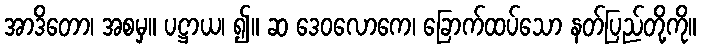
အာဒိတော၊ အစမှ။ ပဋ္ဌာယ၊ ၍။ ဆ ဒေဝလောကေ၊ ခြောက်ထပ်သော နတ်ပြည်တို့ကို။